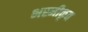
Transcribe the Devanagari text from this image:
भस्मीकृत